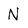
Character: N